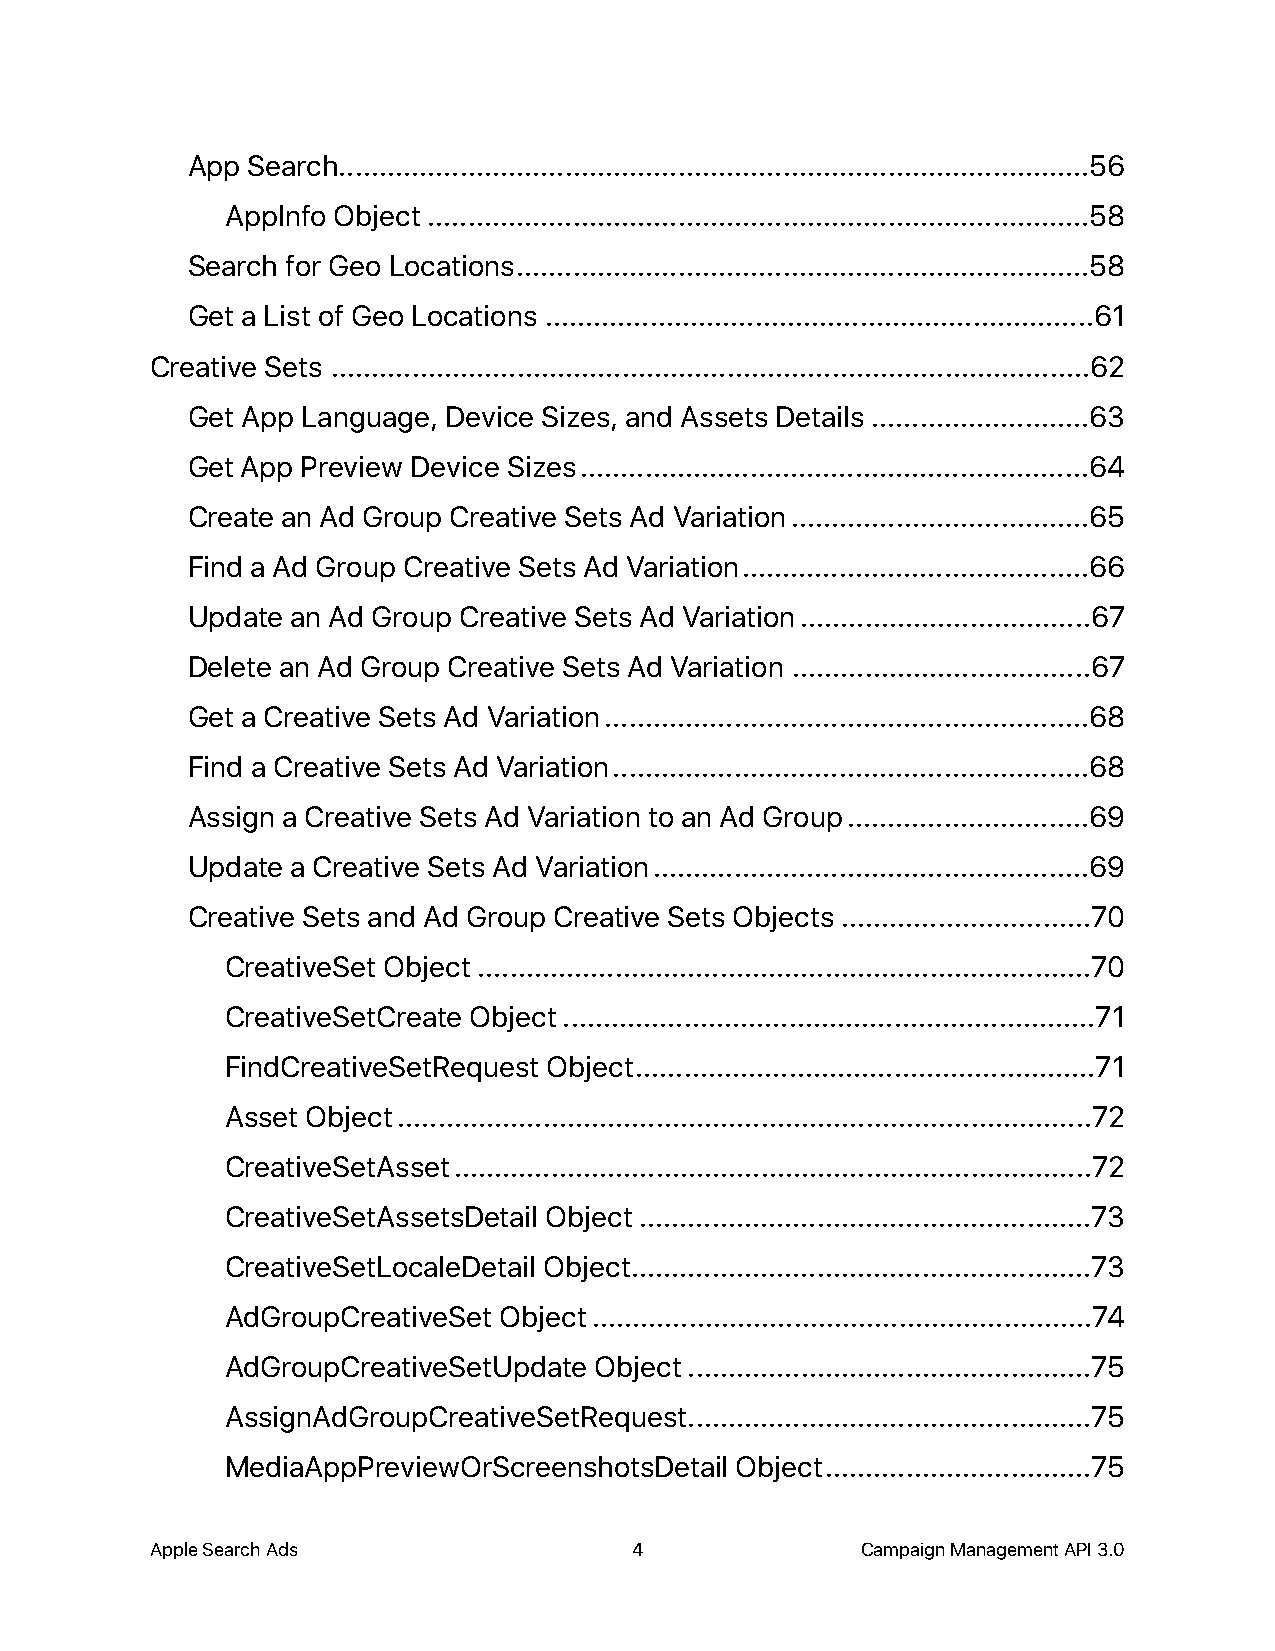
App Search .............................................................................................56
 AppInfo Object ..................................................................................58
 Search for Geo Locations .......................................................................58
 Get a List of Geo Locations ....................................................................61
 Creative Sets ..............................................................................................62
 Get App Language, Device Sizes, and Assets Details ...........................63
 Get App Preview Device Sizes ...............................................................64
 Create an Ad Group Creative Sets Ad Variation .....................................65
 Find a Ad Group Creative Sets Ad Variation ...........................................66
 Update an Ad Group Creative Sets Ad Variation ....................................67
 Delete an Ad Group Creative Sets Ad Variation .....................................67
 Get a Creative Sets Ad Variation ............................................................68
 Find a Creative Sets Ad Variation ...........................................................68
 Assign a Creative Sets Ad Variation to an Ad Group ..............................69
 Update a Creative Sets Ad Variation ......................................................69
 Creative Sets and Ad Group Creative Sets Objects ...............................70
 CreativeSet Object ............................................................................70
 CreativeSetCreate Object ..................................................................71
 FindCreativeSetRequest Object .........................................................71
 Asset Object ......................................................................................72
 CreativeSetAsset ...............................................................................72
 CreativeSetAssetsDetail Object ........................................................73
 CreativeSetLocaleDetail Object .........................................................73
 AdGroupCreativeSet Object ..............................................................74
 AdGroupCreativeSetUpdate Object ..................................................75
 AssignAdGroupCreativeSetRequest ..................................................75
 MediaAppPreviewOrScreenshotsDetail Object .................................75
 Apple Search Ads                4              Campaign Management API 3.0